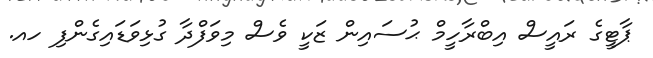
ޕާޓީގެ ރައީސް އިބްރާހީމް ޙުސައިން ޒަކީ ވެސް މިވަފްދާ ގުޅިވަޑައިގެންފި ހއ.